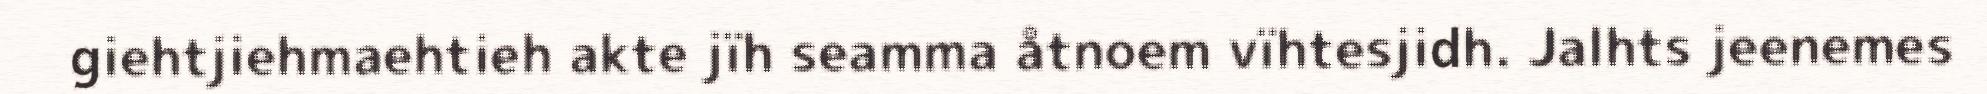
giehtjiehmaehtieh akte jïh seamma åtnoem vïhtesjidh. Jalhts jeenemes